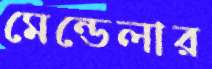
মেন্ডেলার